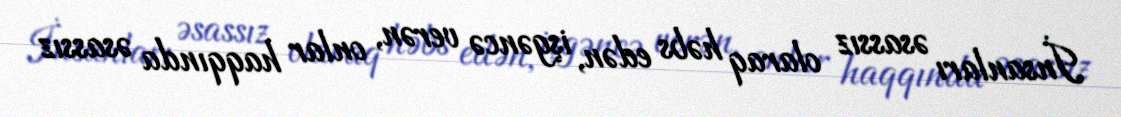
İnsanları əsassız olaraq həbs edən, işgəncə verən, onlar haqqında əsassız